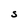
Character: S